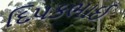
દિપકભાઈ